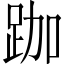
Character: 跏